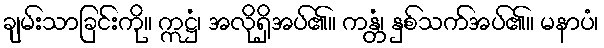
ချမ်းသာခြင်းကို။ ဣဋ္ဌံ၊ အလိုရှိအပ်၏။ ကန္တံ၊ နှစ်သက်အပ်၏။ မနာပံ၊